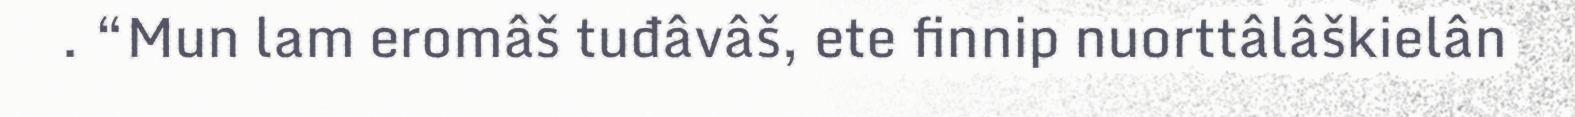
. “Mun lam eromâš tuđâvâš, ete finnip nuorttâlâškielân